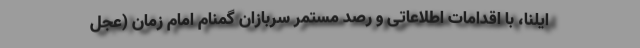
ایلنا، با اقدامات اطلاعاتی و رصد مستمر سربازان گمنام امام زمان (عجل